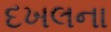
દખલના